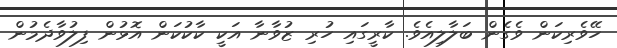
ހޭވެރިކަން ވެގެން ބަލާލިއެވެ. ކާރީގައި ހުރި ޒުވާނާ އަކީ ކާކުކަން އޮޅުން ފިލުވާދެމުން